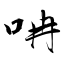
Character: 呥